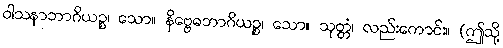
ဝါသနာဘာဂိယဉ္စ၊ သော။ နိဗ္ဗေဓဘာဂိယဉ္စ၊ သော။ သုတ္တံ၊ လည်းကောင်း။ (ဤသို့